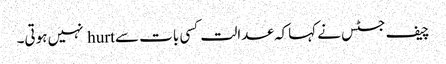
چیف جسٹس نے کہاکہ عدالت کسی بات سے hurt نہیں ہوتی۔